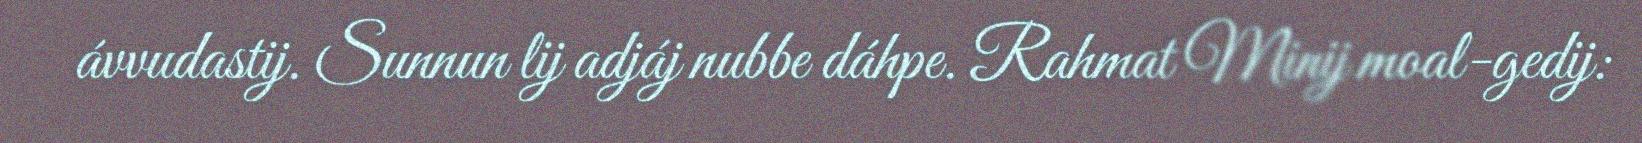
ávvudastij. Sunnun lij adjáj nubbe dáhpe. Rahmat Minij moal-gedij: